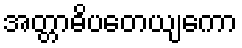
အတ္တာဓိပတေယျကော